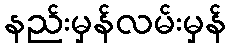
နည်းမှန်လမ်းမှန်